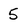
Character: 5